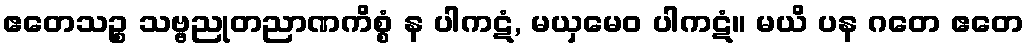
ဧတေသဉ္စ သဗ္ဗညုတညာဏကိစ္စံ န ပါကဋံ, မယှမေဝ ပါကဋံ။ မယိ ပန ဂတေ ဧတေ